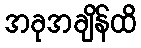
အခုအချိန်ထိ